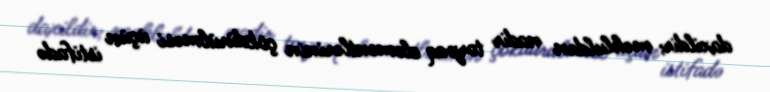
daxildir; məhluldan nadir torpaq elementlərinin çökdürülməsi üçün istifadə